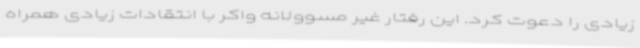
زیادی را دعوت کرد. این رفتار غیر مسوولانه واکر با انتقادات زیادی همراه